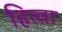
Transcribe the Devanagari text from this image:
हित्वा